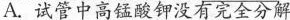
A.试管中高锰酸钾没有完全分解